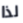
لذا